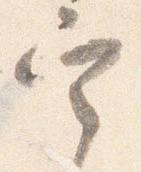
定